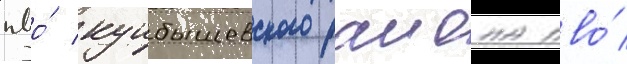
пво́ куибышевского раиона пво́